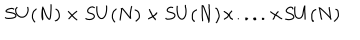
LaTeX: S U ( N ) \times S U ( N ) \times S U ( N ) \times . . . . \times S U ( N )